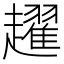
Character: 趯